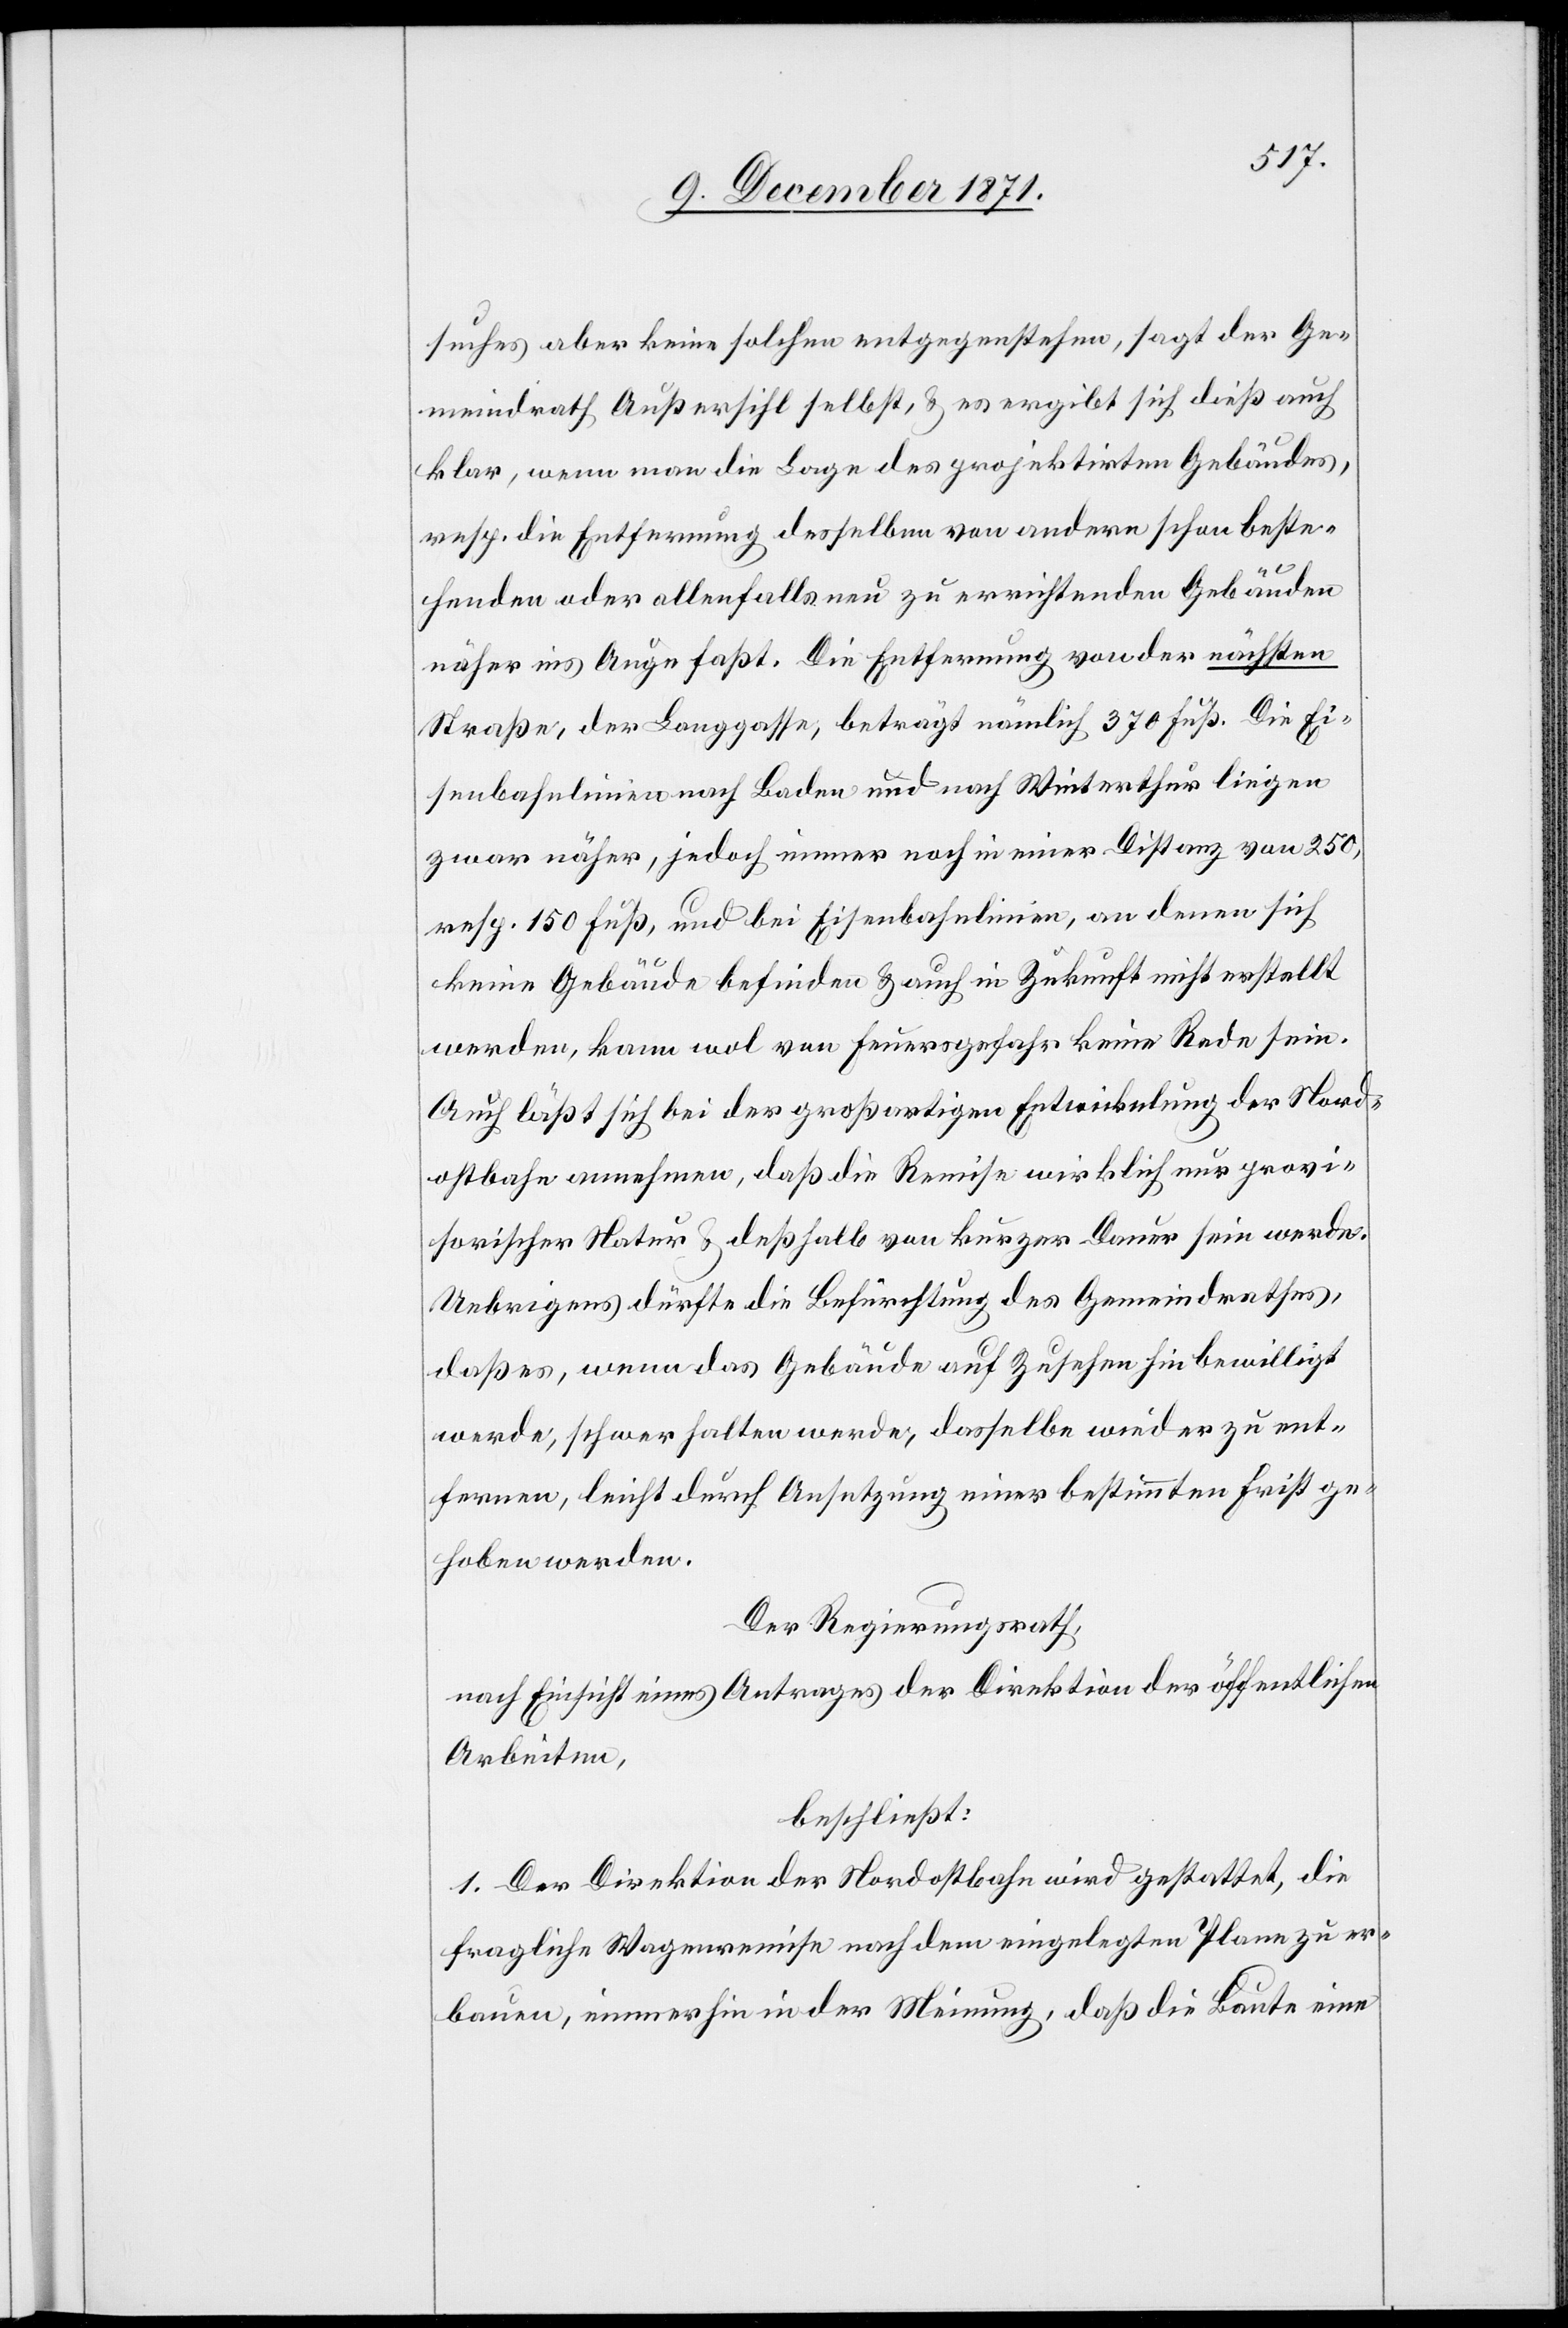
suches aber keine solche entgegenstehen, sagt der Ge¬
meindrath Außersihl selbst, & es ergibt sich dieß auch
klar, wenn man die Lage des projektirten Gebäudes,
resp. die Entfernung desselben von andern schon beste¬
henden oder allenfalls neu zu errichtenden Gebäuden
näher ins Auge fasst. Die Entfernung von der nächsten
Straße, der Langgasse, beträgt nämlich 370 Fuß. Die Ei¬
senbahnlinien nach Baden und nach Winterthur liegen
zwar näher, jedoch immer noch in einer Distanz von 250,
resp. 150 Fuß, und bei Eisenbahnlinien, an denen sich
keine Gebäude befinden & auch in Zukunft nicht erstellt
werden, kann wol von Feuergefahr keine Rede sein.
Auch läßt sich bei der großartigen Entwickelung der Nord¬
ostbahn annehmen, daß die Remise wirklich nur provi¬
sorischer Natur & deßhalb von kurzer Dauer sein werde.
Uebrigens dürfte die Befürchtung des Gemeindrathes,
daß es, wenn das Gebäude auf Zusehen hin bewilligt
werde, schwer halten werde, dasselbe wieder zu ent¬
fernen, leicht durch Ansetzung einer bestimmten Frist ge¬
hoben werden.
Der Regierungsrath,
nach Einsicht eines Antrages der Direktion der öffentlichen
Arbeiten,
beschließt:
1. Der Direktion der Nordostbahn wird gestattet, die
fragliche Wagenremise nach dem eingelegten Plane zu er¬
bauen, immerhin in der Meinung, daß die Baute eine